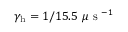
\gamma _ { \mathrm { h } } = 1 / 1 5 . 5 ~ \mu \mathrm { ~ s ~ } ^ { - 1 }